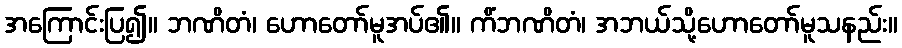
အကြောင်းပြ၍။ ဘဏိတံ၊ ဟောတော်မူအပ်၏။ ကိံဘဏိတံ၊ အဘယ်သို့ဟောတော်မူသနည်း။